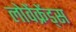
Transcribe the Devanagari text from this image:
लोवेंक्रेंड्स